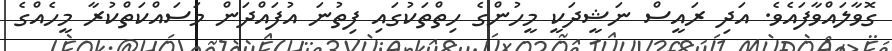
ގޮވާލައްވާފައެވެ. އަދި ރައީސް ނަޝީދަކީ މީހުންގެ ހިތްތަކުގައި ފިތުނަ އުފައްދަން މަސައްކަތްކުރާ މީހެއްގެ